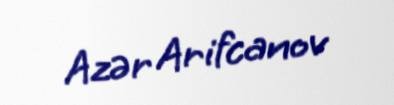
Azər Arifcanov